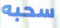
سحبه